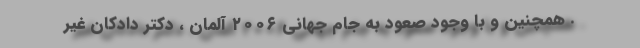
. همچنین و با وجود صعود به جام جهانی ۲۰۰۶ آلمان ، دکتر دادکان غیر